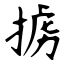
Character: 掳